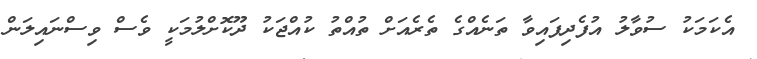
އެކަމަކު ސުވާލު އުފެދިފައިވާ ތަނެއްގެ ތެރެއަށް ތުއްތު ކުއްޖަކު ދޫކޮށްލުމަކީ ވެސް ވިސްނައިލަން